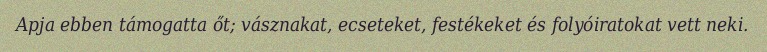
Apja ebben támogatta őt; vásznakat, ecseteket, festékeket és folyóiratokat vett neki.